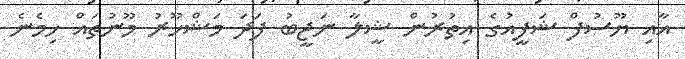
އާއި ޔޫސުފް ޝަފީއުގެ އިތުރުން ޝީލާ ނަޖީބު ފަދަ މަޝްހޫރު މޫނުތައް ހިމެނެ